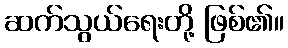
ဆက်သွယ်ရေးတို့ ဖြစ်၏။